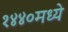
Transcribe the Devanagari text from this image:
१४४०मध्ये